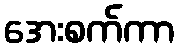
အေးစက်ကာ